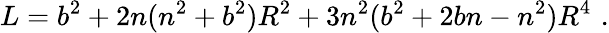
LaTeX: L=b^{2}+2n(n^{2}+b^{2})R^{2}+3n^{2}(b^{2}+2bn-n^{2})R^{4}\, \, .